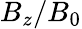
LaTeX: B_{z}/B_{0}